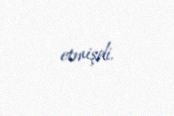
etmişdi.